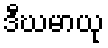
ဒီဃမာယု